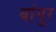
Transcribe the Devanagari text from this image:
बांगुर